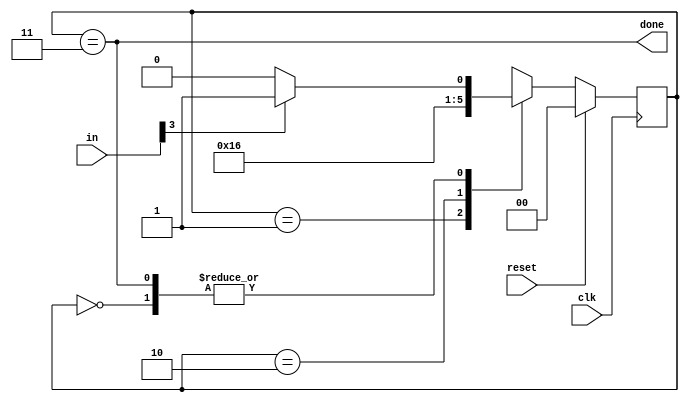
module top_module(
    input clk,
    input [7:0] in,
    input reset,    // Synchronous reset
    output done); //

    parameter READY  = 2'b00;
    parameter START0 = 2'b01;
    parameter START1 = 2'b10;
    parameter DONE   = 2'b11;

    wire [1:0] state, next_state;

    // State transition logic (combinational)
    always @(*) begin
        case (state)
            READY: next_state = in[3]?START0:READY;

            START0: next_state = START1;
            
            START1: next_state = DONE;

            DONE: next_state = in[3]?START0:READY;

        endcase
    end

    // State flip-flops (sequential)
    always @(posedge clk) begin
        if(reset) begin
            state <= READY;
        end else begin
            state <= next_state;
        end
    end

    // Output logic
    assign done = (state == DONE);

endmodule